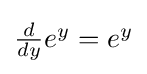
{\textstyle {\frac {d}{dy}}e^{y}=e^{y}}